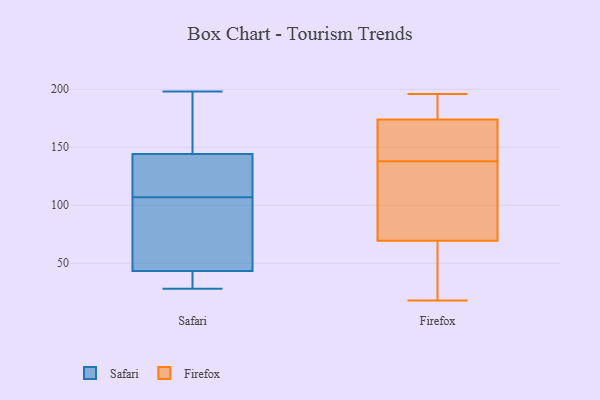
{"axis": {"x": "Net Income (USD K)", "y": "Value"}, "legend": ["Firefox", "Safari"], "data": [{"x": "", "y": 108, "type": "Safari"}, {"x": "", "y": 109, "type": "Safari"}, {"x": "", "y": 107, "type": "Safari"}, {"x": "", "y": 43, "type": "Safari"}, {"x": "", "y": 42, "type": "Safari"}, {"x": "", "y": 28, "type": "Safari"}, {"x": "", "y": 155, "type": "Safari"}, {"x": "", "y": 124, "type": "Safari"}, {"x": "", "y": 70, "type": "Safari"}, {"x": "", "y": 151, "type": "Safari"}, {"x": "", "y": 44, "type": "Safari"}, {"x": "", "y": 198, "type": "Safari"}, {"x": "", "y": 98, "type": "Safari"}, {"x": "", "y": 33, "type": "Safari"}, {"x": "", "y": 166, "type": "Safari"}, {"x": "", "y": 31, "type": "Firefox"}, {"x": "", "y": 175, "type": "Firefox"}, {"x": "", "y": 161, "type": "Firefox"}, {"x": "", "y": 182, "type": "Firefox"}, {"x": "", "y": 165, "type": "Firefox"}, {"x": "", "y": 173, "type": "Firefox"}, {"x": "", "y": 18, "type": "Firefox"}, {"x": "", "y": 48, "type": "Firefox"}, {"x": "", "y": 122, "type": "Firefox"}, {"x": "", "y": 83, "type": "Firefox"}, {"x": "", "y": 138, "type": "Firefox"}, {"x": "", "y": 176, "type": "Firefox"}, {"x": "", "y": 196, "type": "Firefox"}, {"x": "", "y": 117, "type": "Firefox"}, {"x": "", "y": 56, "type": "Firefox"}, {"x": "", "y": 138, "type": "Firefox"}]}